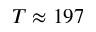
T \approx 1 9 7